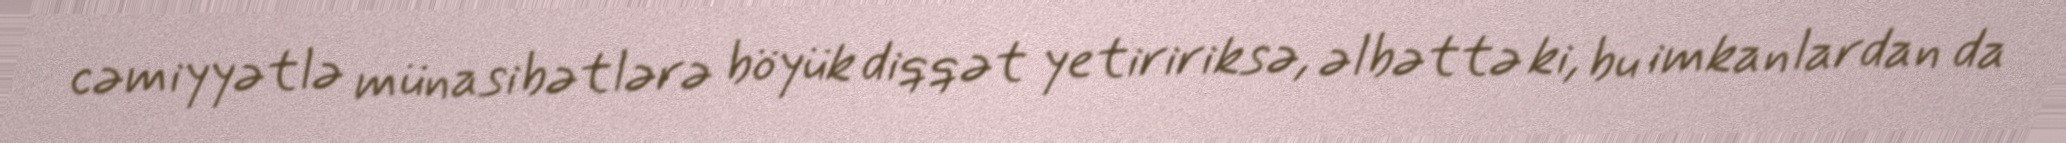
cəmiyyətlə münasibətlərə böyük diqqət yetiririksə, əlbəttə ki, bu imkanlardan da